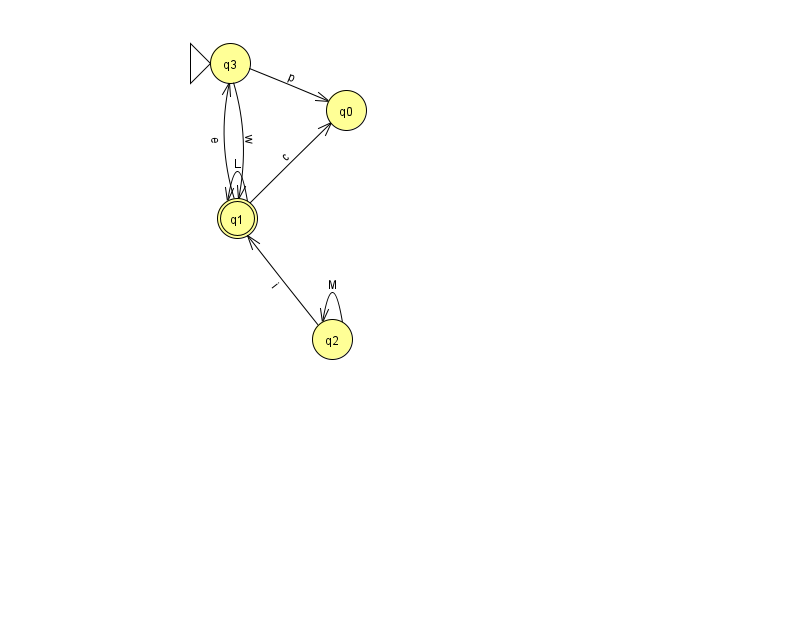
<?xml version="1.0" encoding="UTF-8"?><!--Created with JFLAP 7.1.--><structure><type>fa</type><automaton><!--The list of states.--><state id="0" name="q0"><x>346.0</x><y>97.0</y></state><state id="1" name="q1"><x>237.0</x><y>205.0</y><final/></state><state id="2" name="q2"><x>332.0</x><y>326.0</y></state><state id="3" name="q3"><x>230.0</x><y>50.0</y><initial/></state><!--The list of transitions.--><transition><from>2</from><to>1</to><read>i</read></transition><transition><from>3</from><to>0</to><read>p</read></transition><transition><from>1</from><to>0</to><read>c</read></transition><transition><from>1</from><to>3</to><read>e</read></transition><transition><from>3</from><to>1</to><read>w</read></transition><transition><from>1</from><to>1</to><read>L</read></transition><transition><from>2</from><to>2</to><read>M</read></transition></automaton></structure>